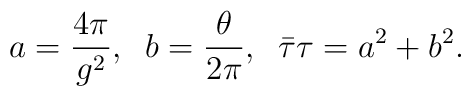
a=\frac{4\pi }{g^{2}},\;\;b=\frac{\theta }{2\pi },\;\;\bar{\tau}\tau=a^{2}+b^{2}.